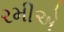
રમીએ